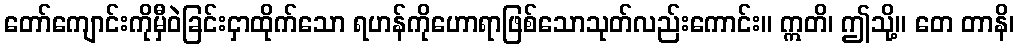
တော်ကျောင်းကိုမှီဝဲခြင်းငှာထိုက်သော ရဟန်ကိုဟောရာဖြစ်သောသုတ်လည်းကောင်း။ ဣတိ၊ ဤသို့။ တေ တာနိ၊